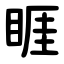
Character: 睚